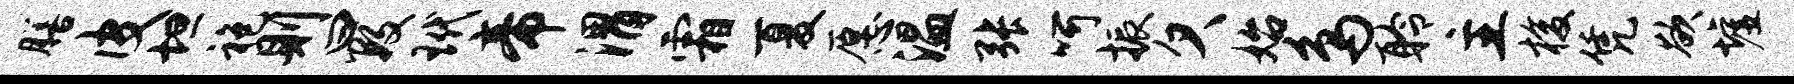
膳皮坦袍则曰数玳帝渭霜夏愿温张呵振欠始鸟聆主梭凭欲墟